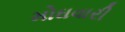
મોઘવારી